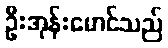
ဦးအုန်းမောင်သည်